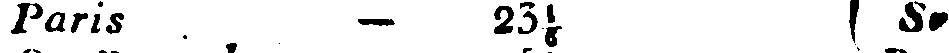
Paris - 23⅕ Sv